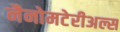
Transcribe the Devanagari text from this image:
नैनोमटेरीअल्स